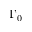
\Gamma _ { 0 }